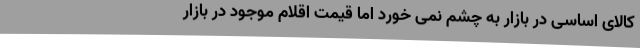
کالای اساسی در بازار به چشم نمی خورد اما قیمت اقلام موجود در بازار